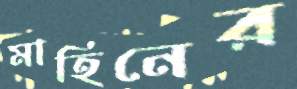
মাহিনের